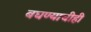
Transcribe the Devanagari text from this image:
बघण्याचीही